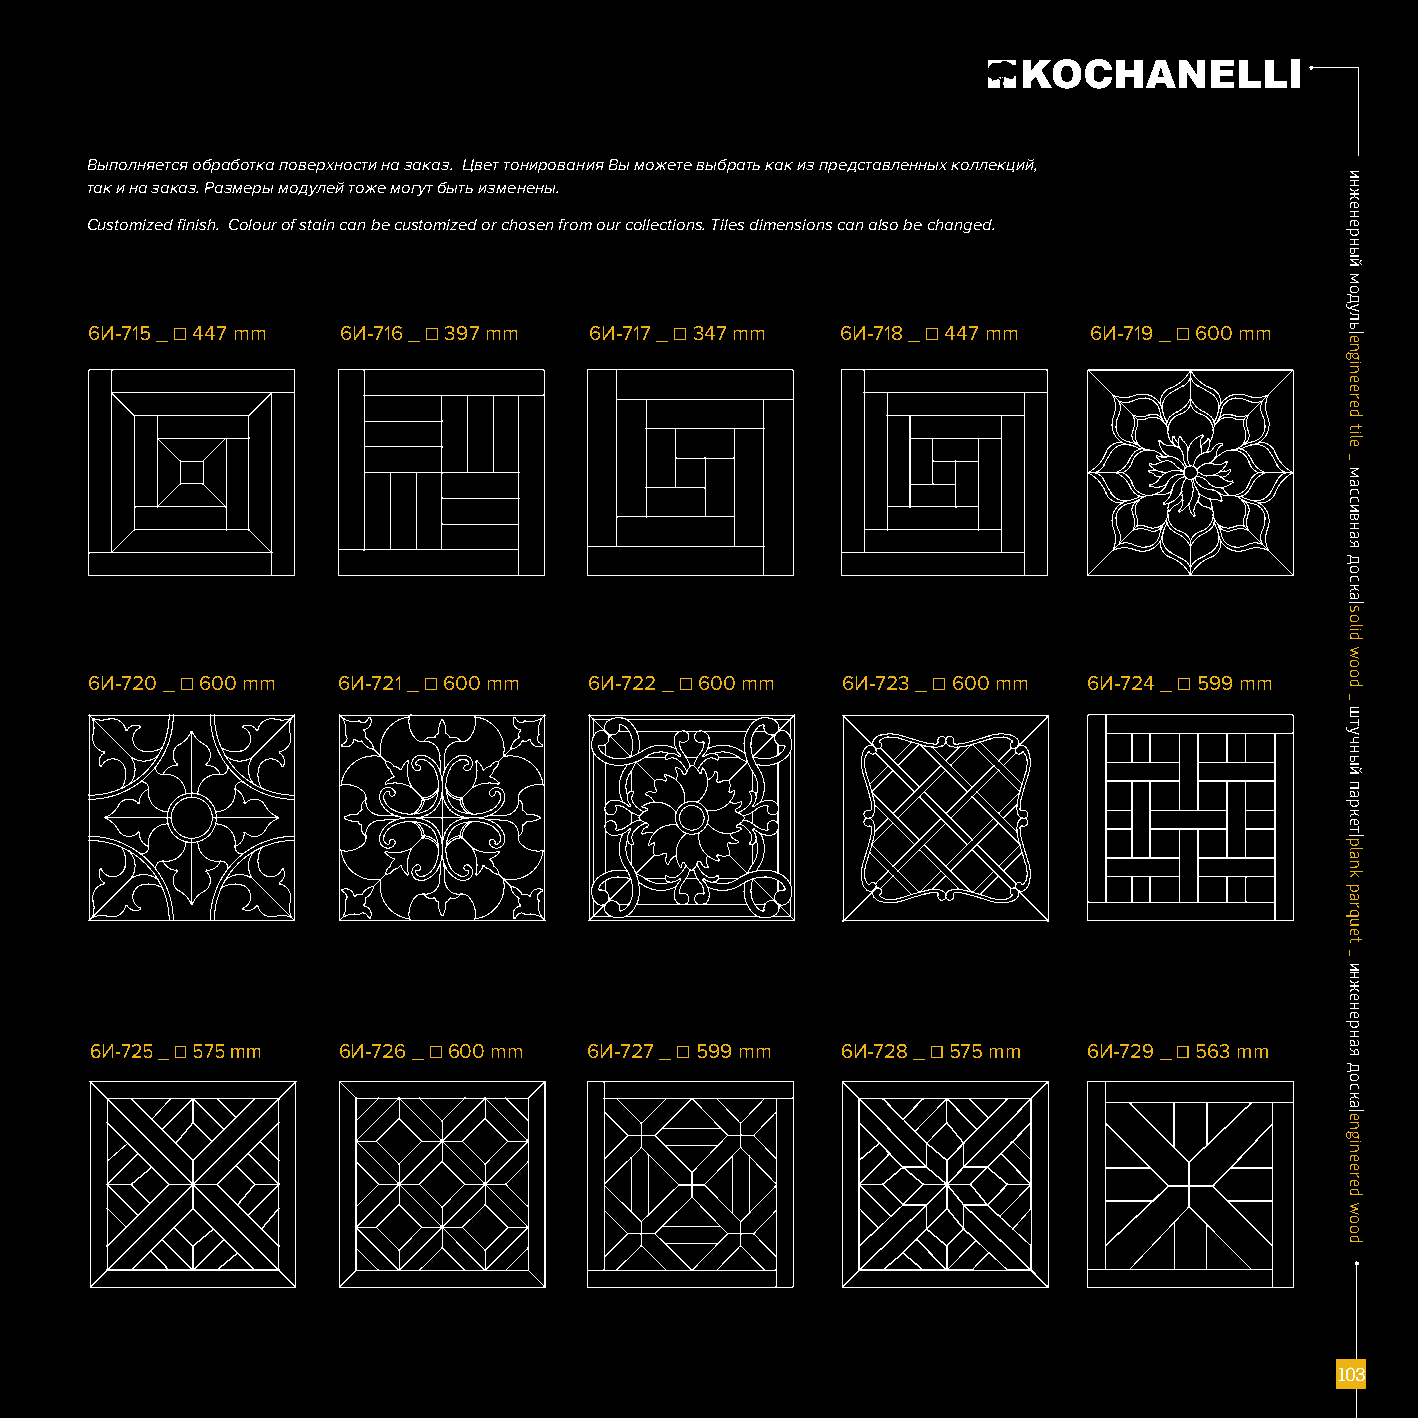
Выполняется обработка поверхности на заказ. Цвет тонирования Вы можете выбрать как из представленных коллекций,
 так и на заказ. Размеры модулей тоже могут быть изменены.
 Customized finish. Colour of stain can be customized or chosen from our collections. Tiles dimensions can also be changed.
 6И-715 _ ☐ 447 mm 6И-716 _ ☐ 397 mm 6И-717 _ ☐ 347 mm 6И-718 _ ☐ 447 mm 6И-719 _ ☐ 600 mm
 6И-720 _ ☐ 600 mm 6И-721 _ ☐ 600 mm 6И-722 _ ☐ 600 mm 6И-723 _ ☐ 600 mm 6И-724 _ ☐ 599 mm
 6И-725 _ ☐ 575 mm 6И-726 _ ☐ 600 mm 6И-727 _ ☐ 599 mm 6И-728 _ ☐ 575 mm 6И-729 _ ☐ 563 mm
 111000333
 ииннжжееннееррнныыйй
 ммооддуулльь||eennggiinneeeerreedd
 ttiillee
 __
 ммаассссииввннааяя
 ддооссккаа||ssoolliidd
 wwoooodd
 __
 шшттууччнныыйй
 ппааррккеетт||ppllaannkk
 ppaarrqquueett
 __
 ииннжжееннееррннааяя
 ддооссккаа||eennggiinneeeerreedd
 wwoooodd